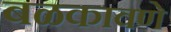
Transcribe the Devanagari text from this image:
बळकावणे